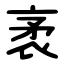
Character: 袤